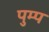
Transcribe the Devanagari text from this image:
पुम्प